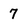
Character: 7